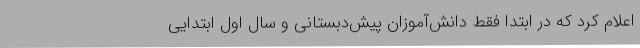
اعلام کرد که در ابتدا فقط دانش‌آموزان پیش‌دبستانی و سال اول ابتدایی